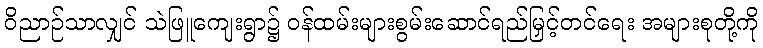
ဝိညာဉ်သာလျှင် သဲဖြူကျေးရွာ၌ ဝန်ထမ်းများစွမ်းဆောင်ရည်မြှင့်တင်ရေး အများစုတို့ကို